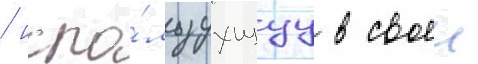
/ испо́льзуущуу в своеи